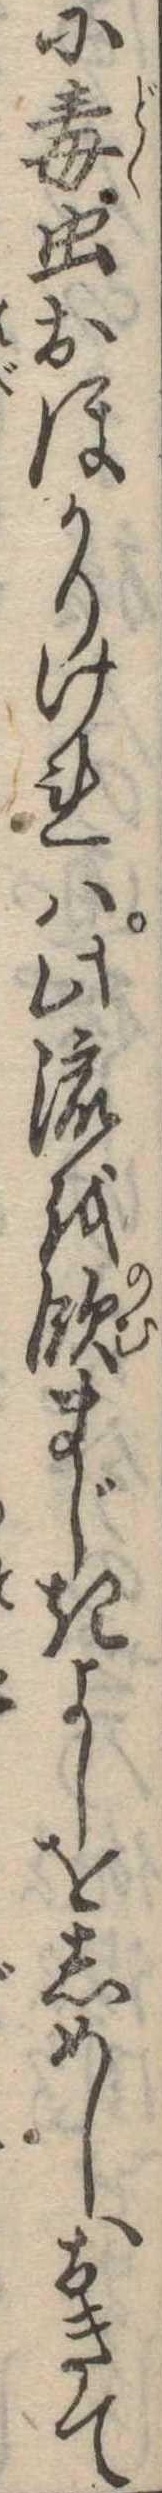
に毒虫おほかりけれは此流を飲まじきよしをしめしおきて